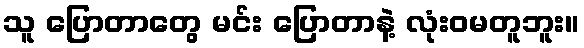
သူ ပြောတာတွေ မင်း ပြောတာနဲ့ လုံးဝမတူဘူး။